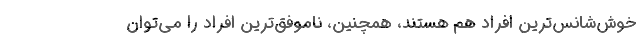
خوش‌شانس‌ترین افراد هم هستند، همچنین، ناموفق‌ترین افراد را می‌توان